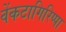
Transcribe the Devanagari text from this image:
वेंकटागिरिप्पा